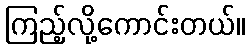
ကြည့်လို့ကောင်းတယ်။